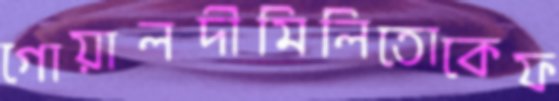
গোয়ালদীমিলিতোকেফ